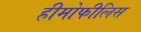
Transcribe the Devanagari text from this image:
हीमोफीलिस